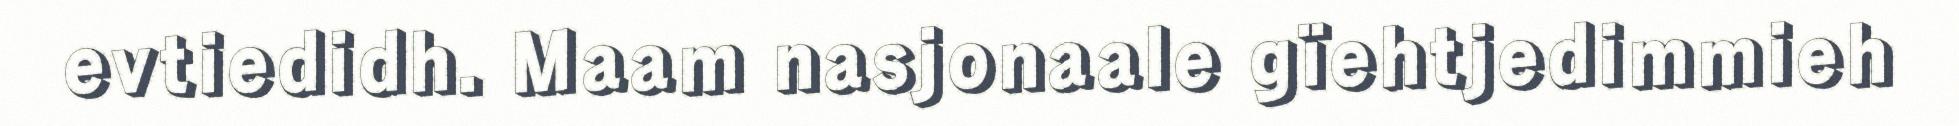
evtiedidh. Maam nasjonaale gïehtjedimmieh